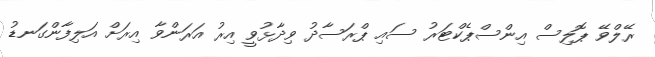
ރޭލްވޭ ޕޮލިސް އިންސްޕެކްޓަރު ސައި ޕްރަސާދު ވިދާޅުވީ އިރު އަރަންވާ އިރަށް އަލިފާންގަނޑު